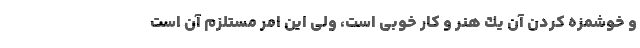
و خوشمزه كردن آن یك هنر و كار خوبی است، ولی این امر مستلزم آن است